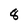
Character: 8